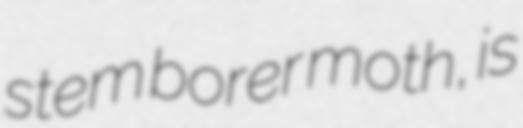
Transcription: stem borer moth, is